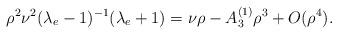
LaTeX: \begin{align*}\rho^2 \nu^2 (\lambda_e-1)^{-1}(\lambda_e+1)=\nu \rho - A^{(1)}_3 \rho^3+O(\rho^4). \end{align*}